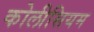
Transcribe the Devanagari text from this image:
कोलीसियम